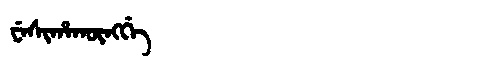
Manchu: ᠸᡝᠰᡳᡥᠠᡴᡡᠩᡤᡝ
Romanization: WESIHAKŪNGGE